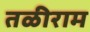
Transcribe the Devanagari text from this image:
तळीराम